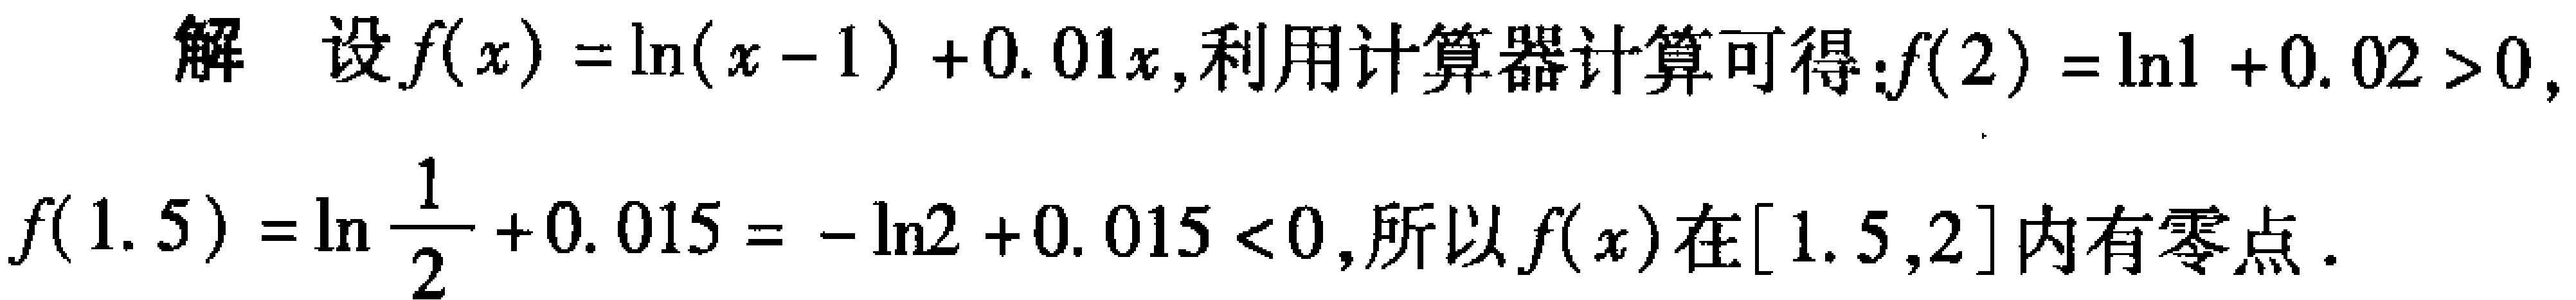
解 设\(f(x)=\ln(x - 1)+0.01x\),利用计算器计算可得：\(f(2)=\ln1 + 0.02>0\),

\(f(1.5)=\ln\frac{1}{2}+0.015=-\ln2 + 0.015<0\),所以\(f(x)\)在\([1.5,2]\)内有零点.